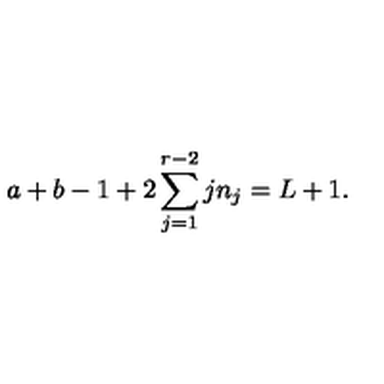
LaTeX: a + b - 1 + 2 \sum _ { j = 1 } ^ { r - 2 } j n _ { j } = L + 1 .